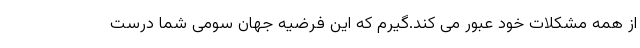
از همه مشکلات خود عبور می کند.گیرم که این فرضیه جهان سومی شما درست